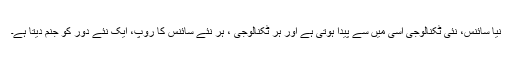
نیا سائنس، نئی ٹکنالوجی اسی میں سے پیدا ہوتی ہے اور ہر ٹکنالوجی ، ہر نئے سائنس کا روپ، ایک نئے دور کو جنم دیتا ہے۔